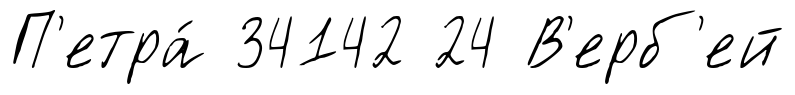
П'етра́ 34142 24 В'ерб'ей